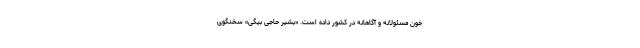
خون مسئولانه و آگاهانه در کشور داده است. «بشیر حاجی بیگی» سخنگوی